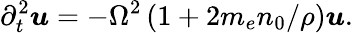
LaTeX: \partial_{t}^{2}\boldsymbol{u}=-\Omega^{2}\left(1+2m_{e}n_{0}/\rho\right)\boldsymbol{u}.